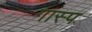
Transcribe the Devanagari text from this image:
गास्प